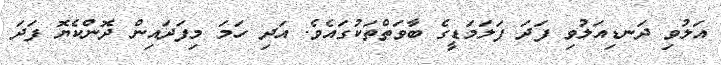
އަލުވި ދަނޑިއަލުވި ފަދަ ފަލަމަޑީގެ ބާވަތްތަކުގައެވެ. އަދި ހަމަ މިފަދައިން ދޮންކެޔޮ ފަދަ